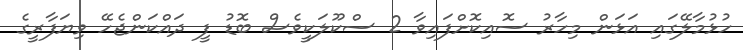
ހުޅުމާލޭގައި އަޅަން މިހާރު ސޮއިކޮށްފައިވާ 2 ސްކޫލަކީވެސް ބޮޑު ފީ ދައްކަންޖެހޭ ވިޔަފާރީގެ